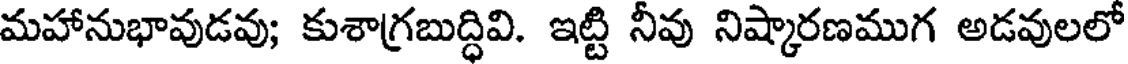
మహానుభావుడవు; కుశాగ్రబుద్ధివి. ఇట్టి నీవు నిష్కారణముగ అడవులలో